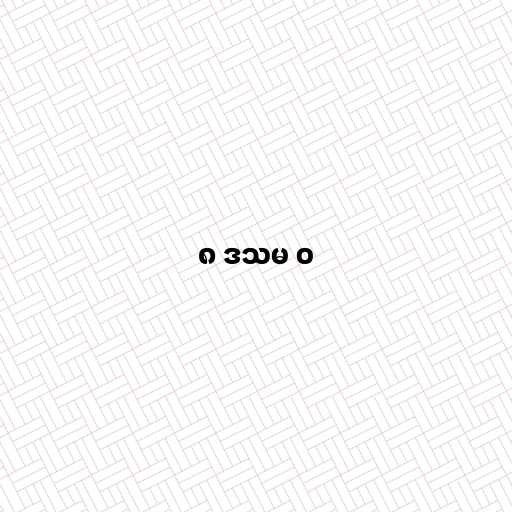
၈ ဒသမ ၀